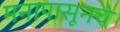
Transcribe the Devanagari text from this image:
मनापासूनचे